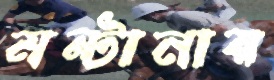
মন্টানায়